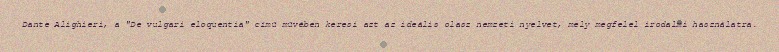
Dante Alighieri, a "De vulgari eloquentia" című művében keresi azt az ideális olasz nemzeti nyelvet, mely megfelel irodalmi használatra.